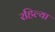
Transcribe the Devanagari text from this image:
रहिल्या